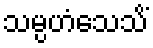
သမ္ပဟံသေသိံ